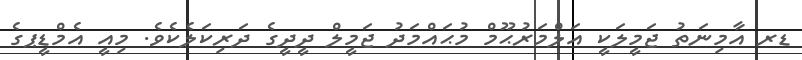
ޑރ އާމިނަތު ޖަމީލަކީ އަލްމަރުޙޫމް މުޙައްމަދު ޖަމީލް ދީދީގެ ދަރިކަލެކެވެ. މިއީ އެމްޑީޕގެ